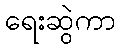
ရေးဆွဲကာ